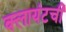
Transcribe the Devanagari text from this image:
क्लायंटची